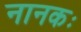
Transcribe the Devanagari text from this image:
नानकः